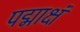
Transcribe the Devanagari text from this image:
पद्माक्षं